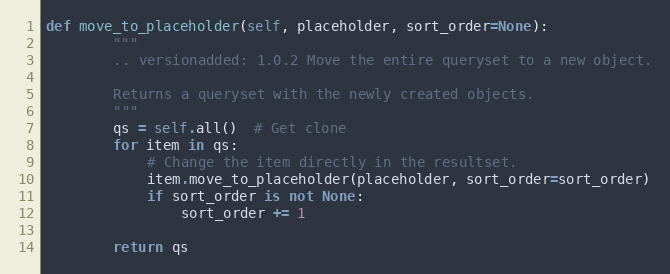
Language: Python
def move_to_placeholder(self, placeholder, sort_order=None):
        """
        .. versionadded: 1.0.2 Move the entire queryset to a new object.

        Returns a queryset with the newly created objects.
        """
        qs = self.all()  # Get clone
        for item in qs:
            # Change the item directly in the resultset.
            item.move_to_placeholder(placeholder, sort_order=sort_order)
            if sort_order is not None:
                sort_order += 1

        return qs